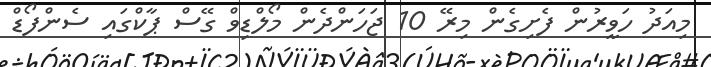
މިއަދު ހަވީރުން ފެށިގެން މިރޭ 10 ޖަހަންދެން މޯލްޑިވް ގޭސް ޕާކްގައި ސެންފޯޑް